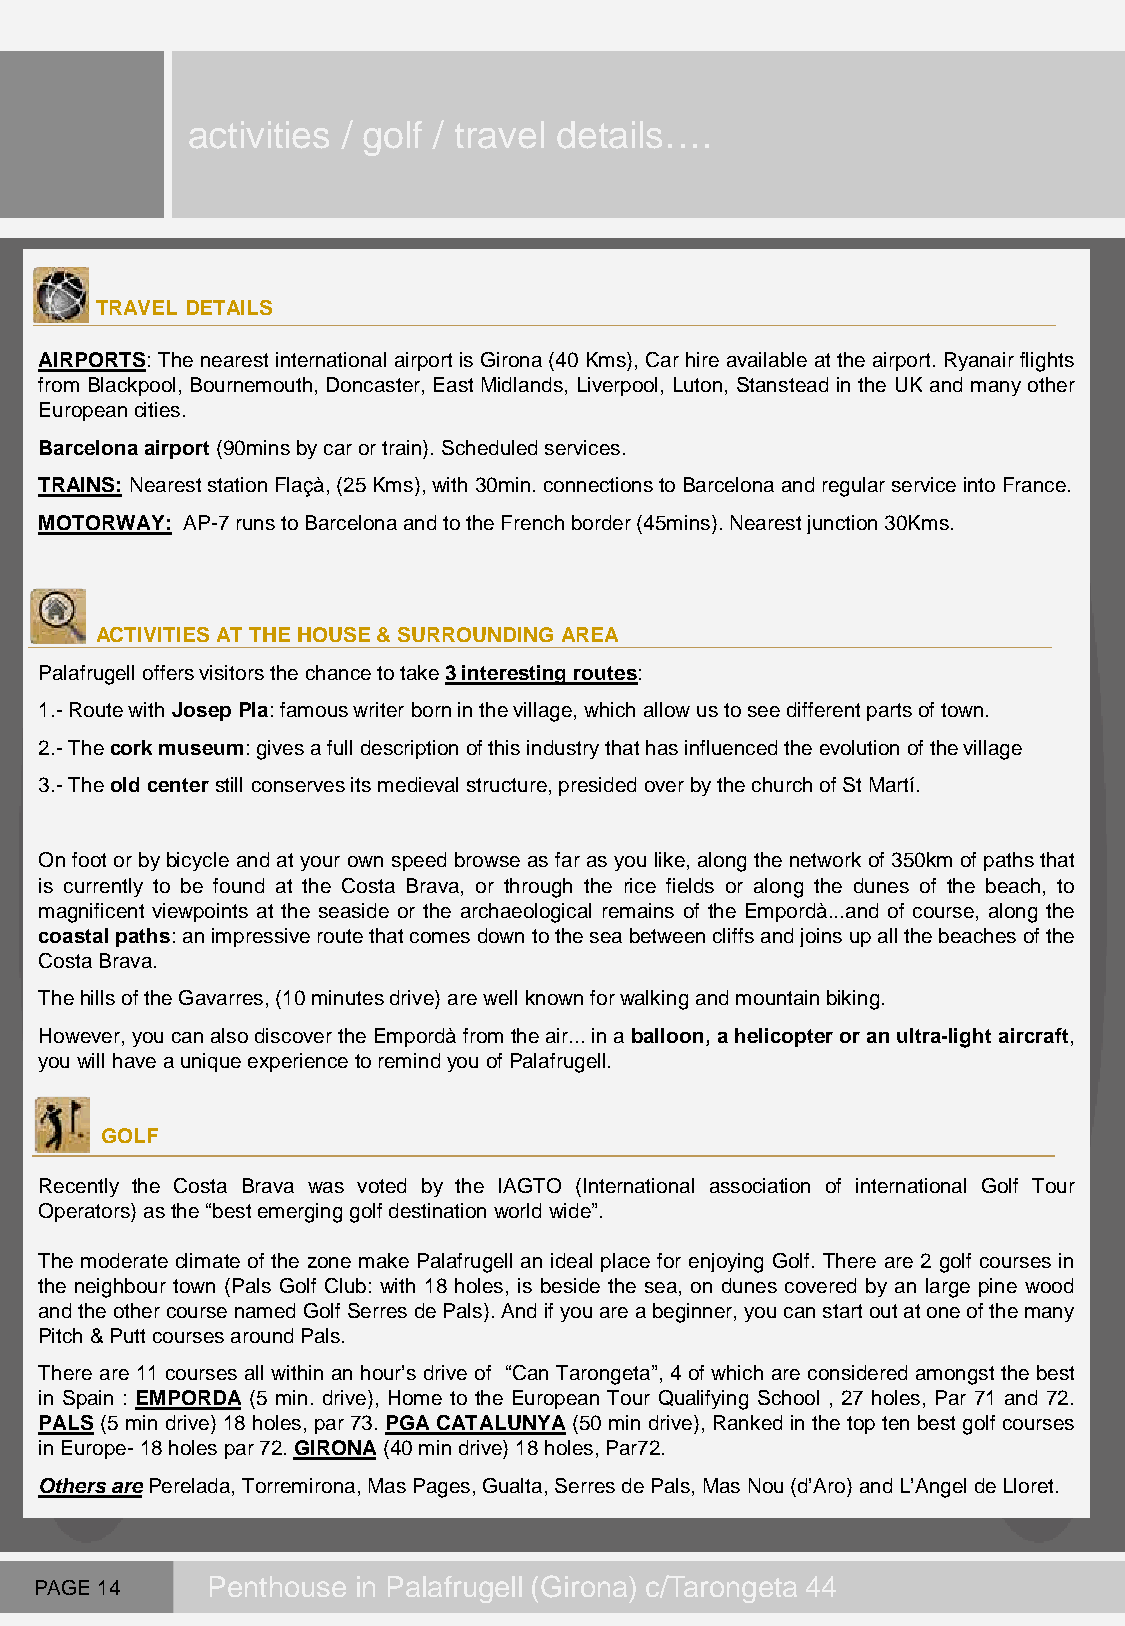
activities / golf / travel details….
 TRAVEL DETAILS
 AIRPORTS: The nearest international airport is Girona (40 Kms), Car hire available at the airport. Ryanair flights
 from Blackpool, Bournemouth, Doncaster, East Midlands, Liverpool, Luton, Stanstead in the UK and many other
 European cities.
 Barcelona airport (90mins by car or train). Scheduled services.
 TRAINS: Nearest station Flaçà, (25 Kms), with 30min. connections to Barcelona and regular service into France.
 MOTORWAY: AP-7 runs to Barcelona and to the French border (45mins). Nearest junction 30Kms.
 ACTIVITIES AT THE HOUSE & SURROUNDING AREA
 Palafrugell offers visitors the chance to take 3 interesting routes:
 1.- Route with Josep Pla: famous writer born in the village, which allow us to see different parts of town.
 2.- The cork museum: gives a full description of this industry that has influenced the evolution of the village
 3.- The old center still conserves its medieval structure, presided over by the church of St Martí.
 On foot or by bicycle and at your own speed browse as far as you like, along the network of 350km of paths that
 is currently to be found at the Costa Brava, or through the rice fields or along the dunes of the beach, to
 magnificent viewpoints at the seaside or the archaeological remains of the Empordà...and of course, along the
 coastal paths: an impressive route that comes down to the sea between cliffs and joins up all the beaches of the
 Costa Brava.
 The hills of the Gavarres, (10 minutes drive) are well known for walking and mountain biking.
 However, you can also discover the Empordà from the air... in a balloon, a helicopter or an ultra-light aircraft,
 you will have a unique experience to remind you of Palafrugell.
 GOLF
 Recently the Costa Brava was voted by the IAGTO (International association of international Golf Tour
 Operators) as the “best emerging golf destination world wide”.
 The moderate climate of the zone make Palafrugell an ideal place for enjoying Golf. There are 2 golf courses in
 the neighbour town (Pals Golf Club: with 18 holes, is beside the sea, on dunes covered by an large pine wood
 and the other course named Golf Serres de Pals). And if you are a beginner, you can start out at one of the many
 Pitch & Putt courses around Pals.
 There are 11 courses all within an hour’s drive of “Can Tarongeta”, 4 of which are considered amongst the best
 in Spain : EMPORDA (5 min. drive), Home to the European Tour Qualifying School , 27 holes, Par 71 and 72.
 PALS (5 min drive) 18 holes, par 73. PGA CATALUNYA (50 min drive), Ranked in the top ten best golf courses
 in Europe- 18 holes par 72. GIRONA (40 min drive) 18 holes, Par72.
 Others are Perelada, Torremirona, Mas Pages, Gualta, Serres de Pals, Mas Nou (d’Aro) and L’Angel de Lloret.
 PAGE 14     Penthouse in Palafrugell (Girona) c/Tarongeta 44